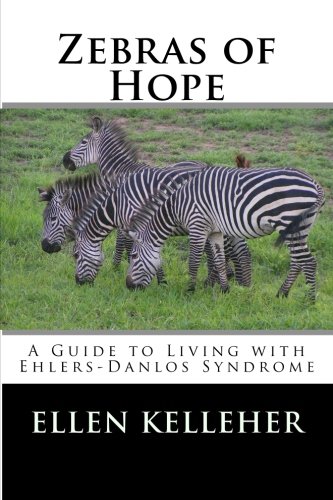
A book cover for Zebras of Hope: A Guide to Living with Ehlers-Danlos Syndrome; Ellen C. Kelleher; Health, Fitness & Dieting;